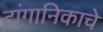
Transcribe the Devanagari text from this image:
टांगानिकाचे